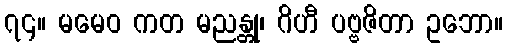
၇၄။ မမေဝ ကတ မညန္တု၊ ဂိဟီ ပဗ္ဗဇိတာ ဥဘော။